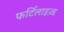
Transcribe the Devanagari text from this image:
फर्टिलाइज़्ड